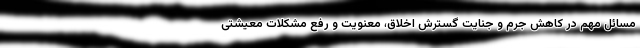
مسائل مهم در کاهش جرم و جنایت گسترش اخلاق، معنویت و رفع مشکلات معیشتی